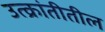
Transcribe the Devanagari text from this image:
उत्क्रांतीतील